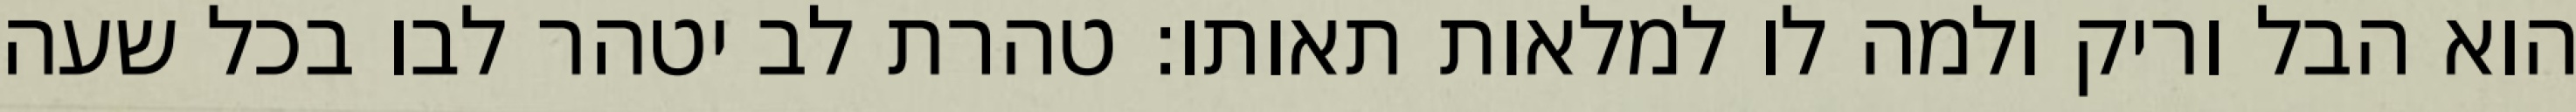
הוא הבל וריק ולמה לו למלאות תאותו: טהרת לב יטהר לבו בכל שעה